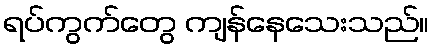
ရပ်ကွက်တွေ ကျန်နေသေးသည်။